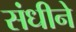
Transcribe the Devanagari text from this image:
संधीने